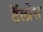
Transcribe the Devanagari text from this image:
टॅलोस